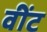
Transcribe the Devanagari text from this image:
वींट